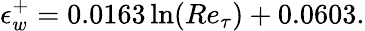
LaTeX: \epsilon_{w}^{+}=0.0163\ln(Re_{\tau})+0.0603.